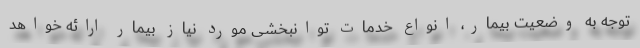
توجه به وضعیت بیمار، انواع خدمات توانبخشی مورد نیاز بیمار ارائه خواهد